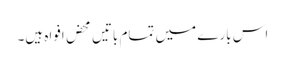
اس بارے میں تمام باتیں محض افواہ ہیں۔